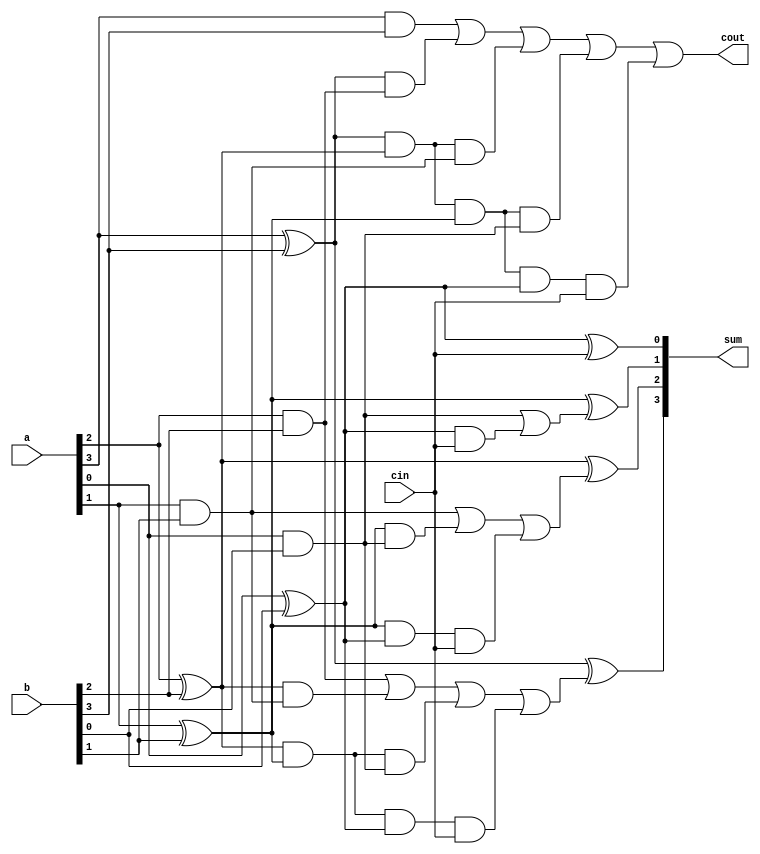
//structural for four-bit carry lookahead adder using
//built-in primitives and conditional assignment
module cla_4bit (a, b, cin, sum, cout);
input [3:0] a, b; //define inputs and outputs
input cin;
output [3:0] sum;
output cout;
//design the logic for the generate functions
and (g0, a[0], b[0]),
(g1, a[1], b[1]),
(g2, a[2], b[2]),
(g3, a[3], b[3]);
//design the logic for the propagate functions
xor (p0, a[0], b[0]),
(p1, a[1], b[1]),
(p2, a[2], b[2]),
(p3, a[3], b[3]);
//design the logic for the sum equations
xor (sum[0], p0, cin),
(sum[1], p1, c0),
(sum[2], p2, c1),
(sum[3], p3, c2);//design the logic for the carry equations
//using the continuous assign statement
assign c0 = g0 | (p0 & cin),
c1 = g1 | (p1 & g0) | (p1 & p0 & cin),
c2 = g2 | (p2 & g1) | (p2 & p1 & g0)
 | (p2 & p1 & p0 & cin),
c3 = g3 | (p3 & g2) | (p3 & p2 & g1)
 | (p3 & p2 & p1 & g0)
 |(p3 & p2 & p1 & p0 & cin);
//design the logic for cout using assign
assign cout = c3;
endmodule